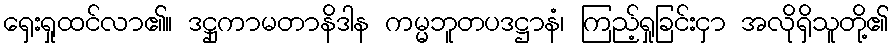
ရှေးရှုထင်လာ၏။ ဒဋ္ဌုကာမတာနိဒါန ကမ္မဘူတပဒဋ္ဌာနံ၊ ကြည့်ရှုခြင်းငှာ အလိုရှိသူတို့၏